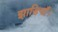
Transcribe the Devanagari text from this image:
झाडियाँ।